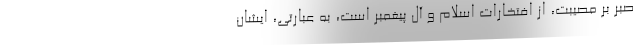
صبر بر مصیبت، از افتخارات اسلام و آل پیغمبر است، به عبارتی، ایشان